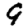
Digit: 9